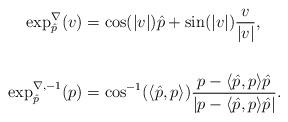
LaTeX: \begin{align*}\exp_{\hat p}^{\nabla}(v) & = \cos(|v|) \hat{p} + \sin(|v|) \frac{v}{|v|}, \\ \\\exp_{\hat p}^{\nabla,-1}(p) & = \cos^{-1}(\langle \hat p, p \rangle) \frac{p - \langle \hat p, p \rangle \hat p}{|p - \langle \hat p, p \rangle \hat p|} .\end{align*}